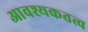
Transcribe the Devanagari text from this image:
आवश्यकतत्व